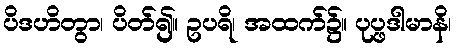
ပိဒဟိတွာ၊ ပိတ်၍။ ဥပရိ၊ အထက်၌။ ပုပ္ဖဒါမာနိ၊